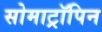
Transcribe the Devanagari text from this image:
सोमाट्रॉपिन